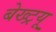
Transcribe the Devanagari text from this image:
बेख्ट्रयू